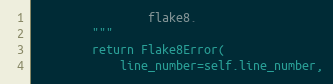
Language: Python
                flake8.
        """
        return Flake8Error(
            line_number=self.line_number,